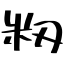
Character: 籾